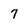
Character: 7